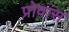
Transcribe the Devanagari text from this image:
प्रोवांस